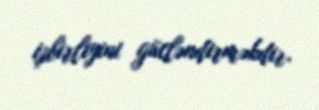
işbirliyini gücləndirməkdir.